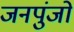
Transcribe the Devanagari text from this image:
जनपुंजों